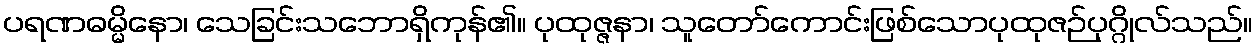
ပရဏဓမ္မိနော၊ သေခြင်းသဘောရှိကုန်၏။ ပုထုဇ္ဇနာ၊ သူတော်ကောင်းဖြစ်သောပုထုဇဉ်ပုဂ္ဂိုလ်သည်။